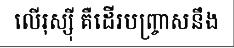
លើរុស្ស៊ី គឺដើរបញ្ច្រាសនឹង